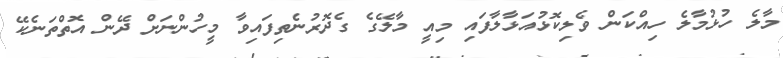
މާލެ ހުޅުމާލެ ހިއްކަން ވެލިކޮޅުއަޅާލާފައި މިއީ މާލޭގެ ގެދޮރުނެތިފައިވާ މީހުންނަށް ދޭން އޮތްތަނެކޭ